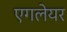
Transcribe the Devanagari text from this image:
एगलेयर